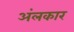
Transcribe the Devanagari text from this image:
अंलकार